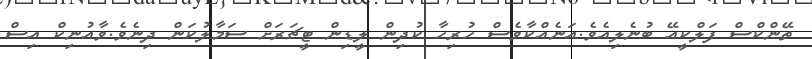
ތޭންކްސް ފަލްކީއޭ ބުނެލިއެވެ.އަނެއްކާވެސް ހުރިހާ ކުދިން ލީޑިން ޓީޗަރަށް ސަމާލުކަން ދިނެވެ.ވާއުނިކް އިސް